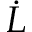
\Dot { L }